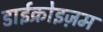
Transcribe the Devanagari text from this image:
डाईक्रोइज़म